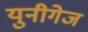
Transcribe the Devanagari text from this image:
युनीगेज